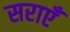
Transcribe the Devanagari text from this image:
सराएँ